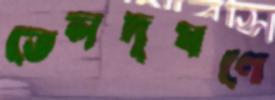
তেলদূষণে